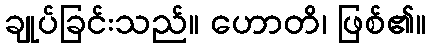
ချုပ်ခြင်းသည်။ ဟောတိ၊ ဖြစ်၏။